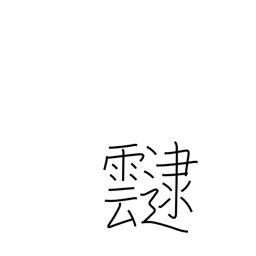
Meaning: cloud cover